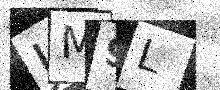
Text: JM9L